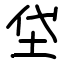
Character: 垈